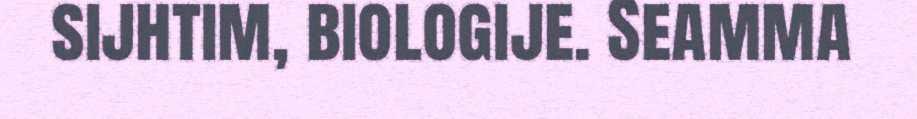
sijhtim, biologije. Seamma